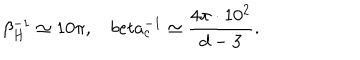
\beta _ { H } ^ { - 1 } \simeq 1 0 \pi , \ \ \ \, b e t a _ { c } ^ { - 1 } \simeq \frac { 4 \pi \cdot 1 0 ^ { 2 } } { d - 3 } .